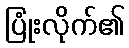
ပြုံးလိုက်၏